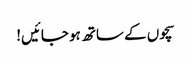
سچوں کے ساتھ ہو جائیں!